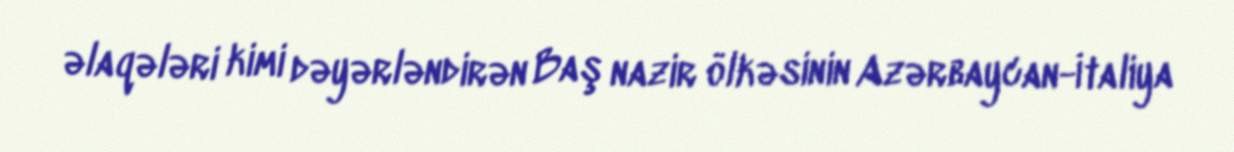
əlaqələri kimi dəyərləndirən Baş nazir ölkəsinin Azərbaycan-İtaliya